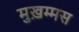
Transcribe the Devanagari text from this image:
मुख़म्मस